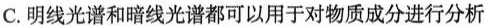
C.明线光谱和暗线光谱都可以用于对物质成分进行分析